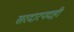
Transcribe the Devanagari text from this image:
सरदारपदही